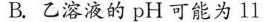
B.乙溶液的pH可能为11